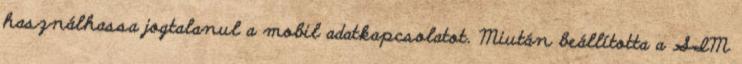
használhassa jogtalanul a mobil adatkapcsolatot. Miután beállította a SIM